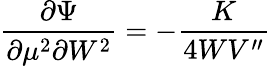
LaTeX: \frac{\partial\Psi}{\partial\mu^{2}\partial W^{2}}=-\frac K{4WV^{\prime\prime}}